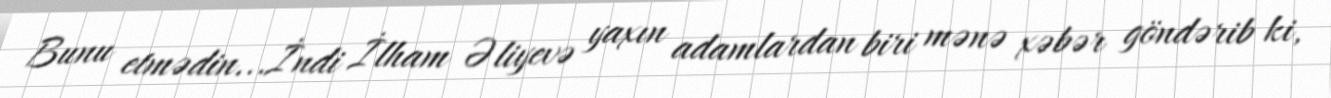
Bunu etmədin...İndi İlham Əliyevə yaxın adamlardan biri mənə xəbər göndərib ki,